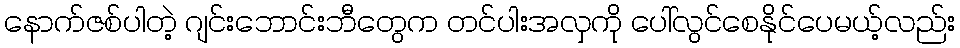
နောက်ဇစ်ပါတဲ့ ဂျင်းဘောင်းဘီတွေက တင်ပါးအလှကို ပေါ်လွင်စေနိုင်ပေမယ့်လည်း